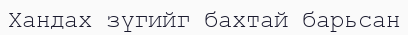
Хандах зүгийг бахтай барьсан